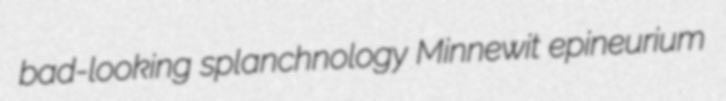
bad-looking splanchnology Minnewit epineurium